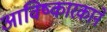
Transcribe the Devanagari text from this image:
आविष्कारकाने